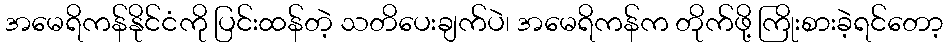
အမေရိကန်နိုင်ငံကို ပြင်းထန်တဲ့ သတိပေးချက်ပဲ၊ အမေရိကန်က တိုက်ဖို့ ကြိုးစားခဲ့ရင်တော့